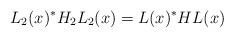
LaTeX: \begin{align*}L_{2}(x) ^{\ast}H_{2}L_{2}(x) =L(x)^{\ast}HL(x) \end{align*}